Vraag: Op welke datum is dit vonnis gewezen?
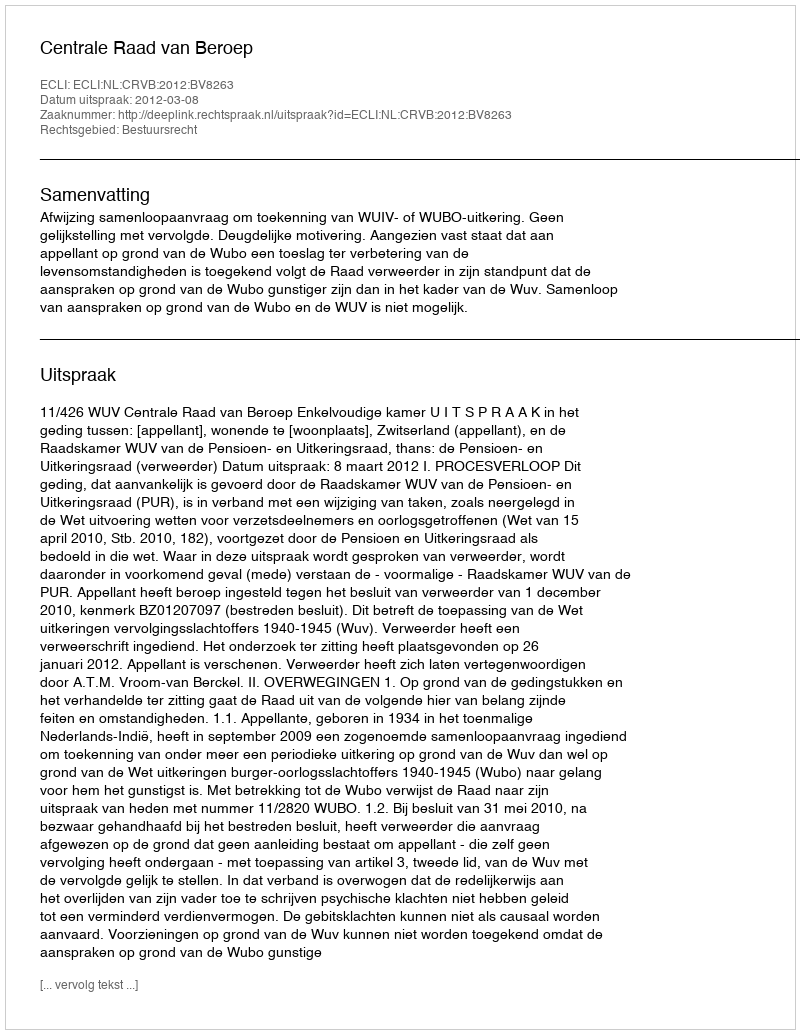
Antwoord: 2012-03-08